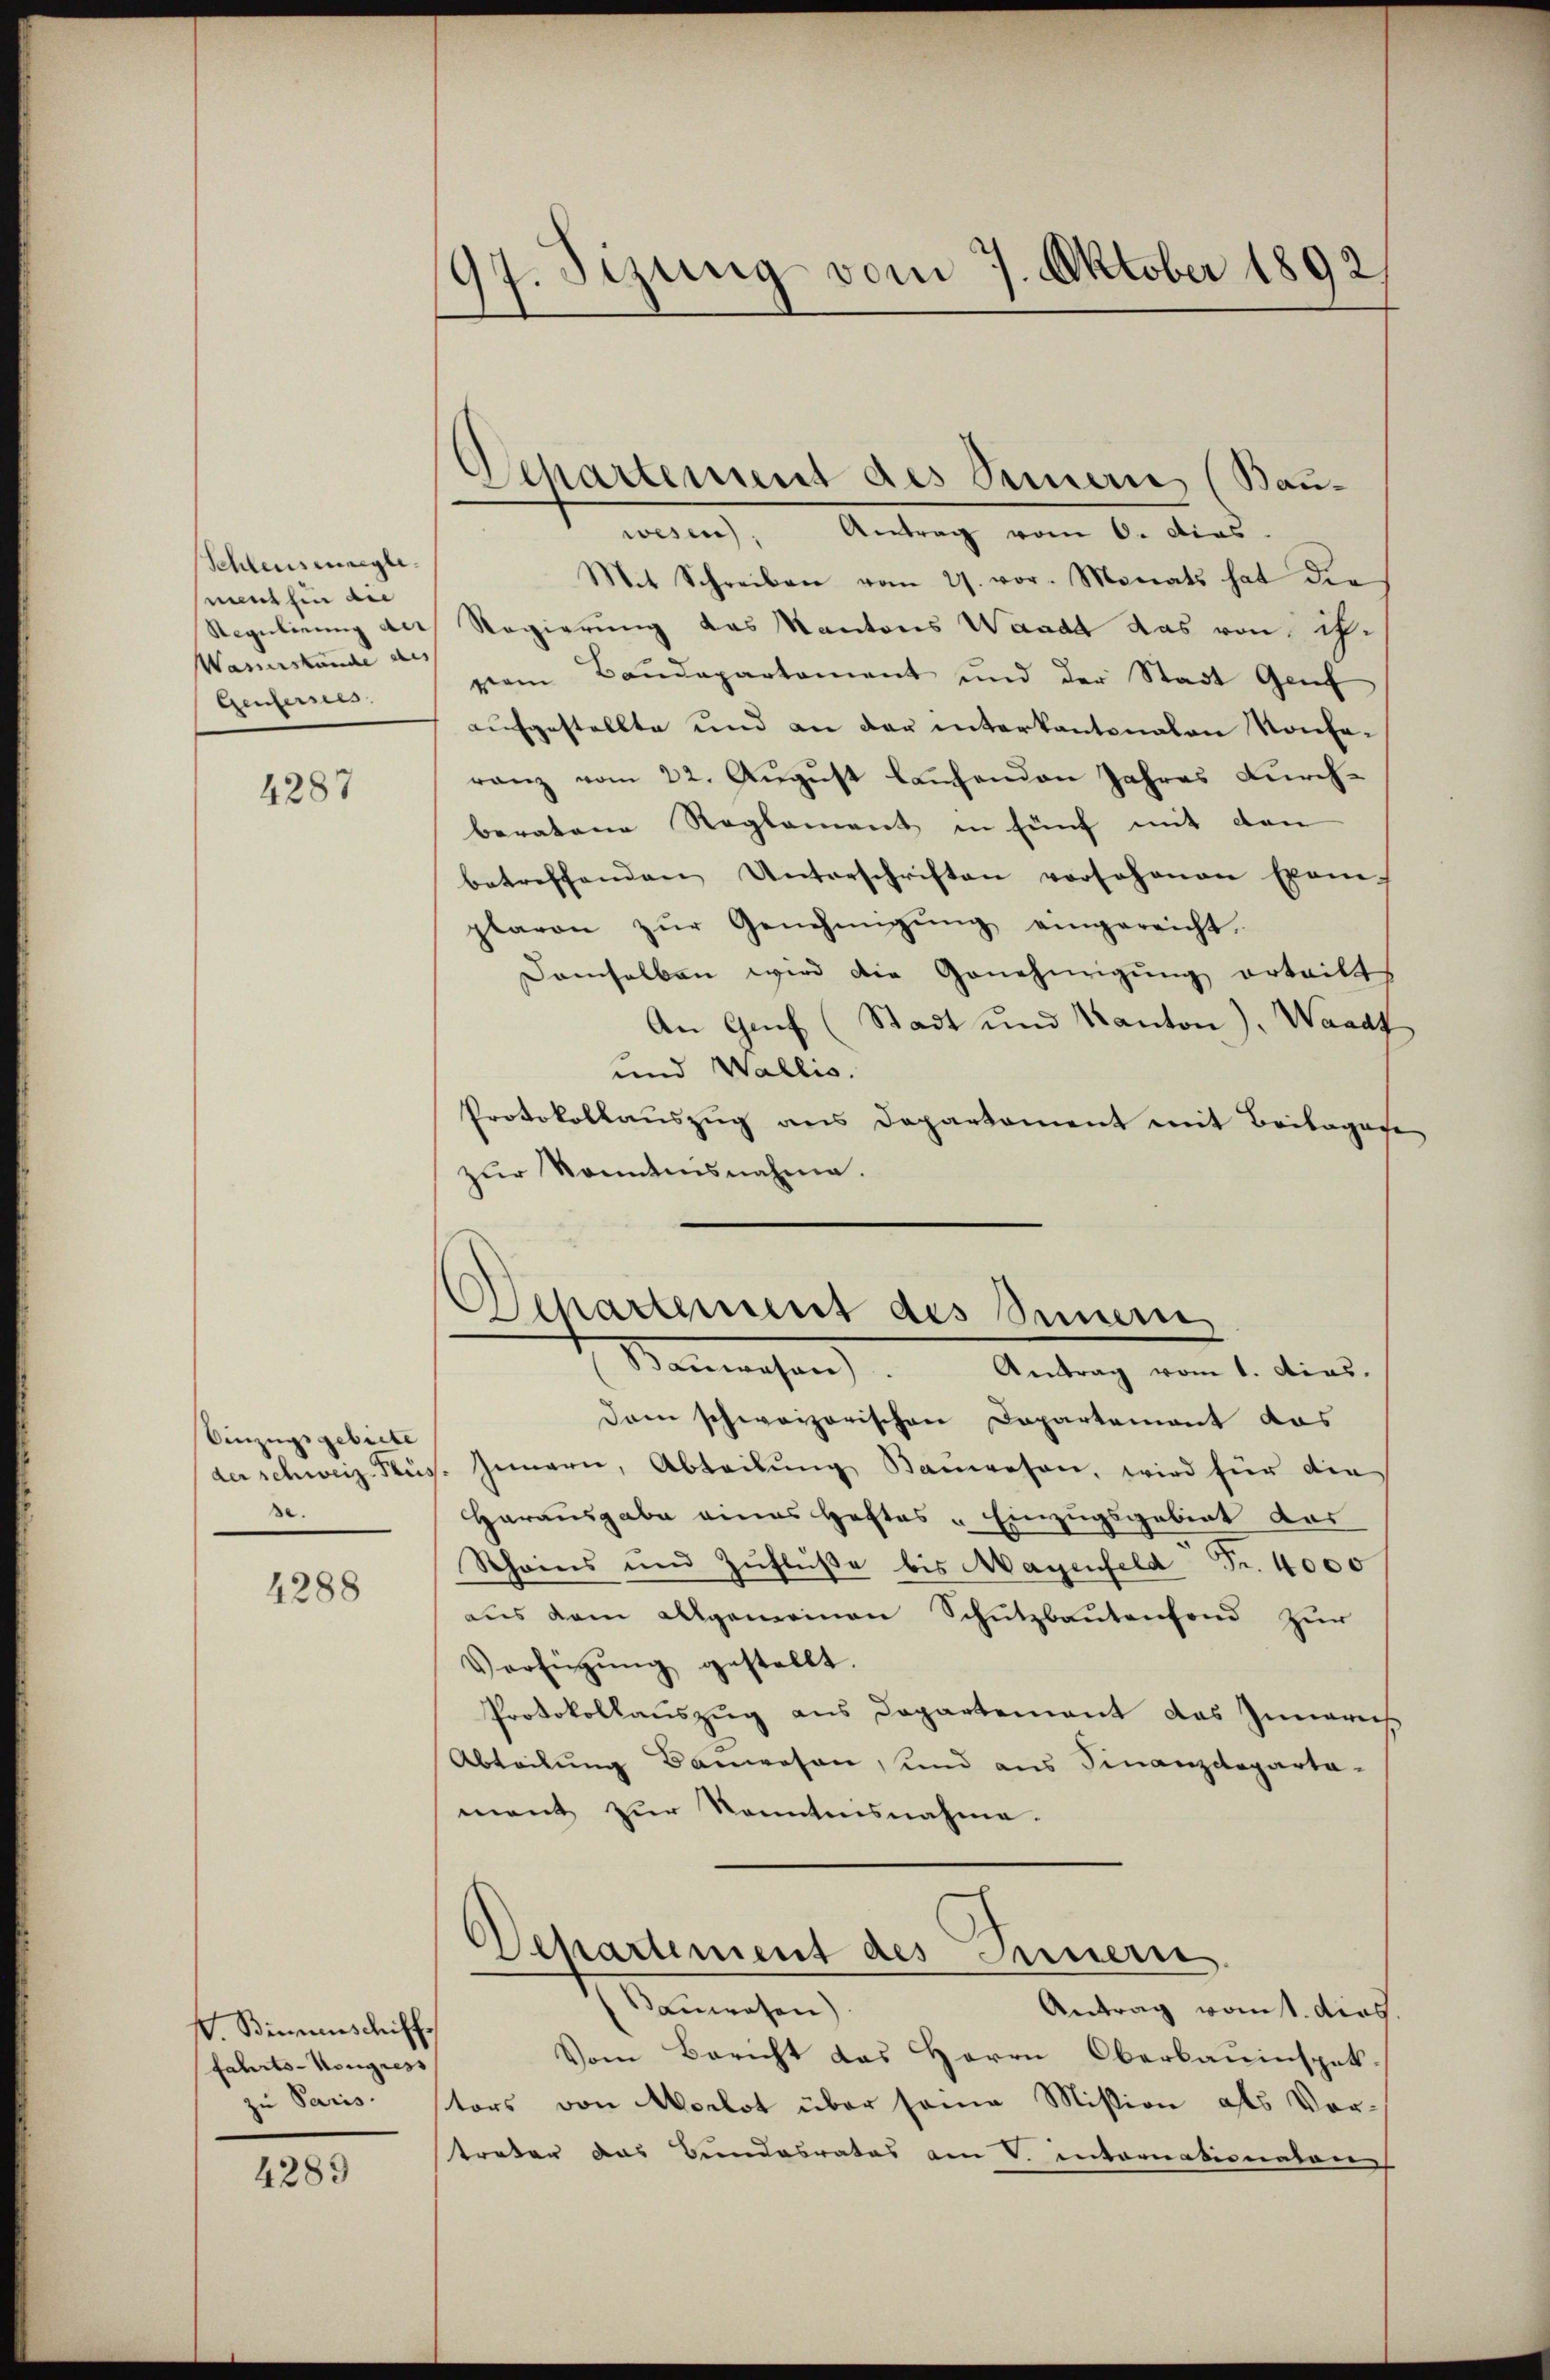
Schleusenregle
ment hin die
Wasserstance des
Genfersees.

4287

Einzugsgebiete
se.

4288

V. Birmenschiff
fahrts-Kongress
zu Paris.

4289

97. Sizung vom 7. Oktober 1892.

wesen), Antrag vom 6. dies
Mit Schreiben vom 27. vor. Monats hat die
Regulirung der Regierung das Kantons Waadt das von ihr
vom Baudepartement und der Stadt Genf
aufgestellte und an der interkantonalen Konferanz vom 22. August laufenden Jahres Durchberatene Reglement in fünf mit den
betreffenden Unterschriften vorsehenen Exem-
plavon zŭr Genehmigŭng eingereicht.
damselben wird die Genehmigŭng erteilt
An Genf (Stadt und Kanton), Waadt
und Wallis.
Protokollauszug aus Departement mit Beilagese
zŭr Sonntensnahme.

Departement des Sinnern (Bau-

Departement des Sinnern,
Monnaisen. Antrag vom 1. dies

Dam schweizerischen Departement das
der schweiz. Kus. Innern, Abteilŭng Bauwesen, wird für die
Harausgabe eines Heftes „Einzugsgebiet dar
Scheins und Zŭflüβe bis Magenfeld Fr. 4000
aus dem allgemeinen Schutzbautenfond zur
Verfügŭng gestellt.
Protokollauszug aus Departement das Inneris
Abteilung Bauwesen, und aus Finanzdeparta-
mant zur Kenntnisnahme.
Departement des Innern.
auwesen)
Antrag vom 1. dies.
Vom Bericht das Herrn Oberbauinspek.
tors von Morlot über seine Mission als Vortreter das Bundesrates am V. Internationalen